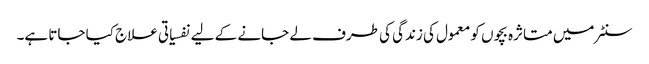
سنٹر میں متاثرہ بچوں کو معمول کی زندگی کی طرف لے جانے کے لیے نفسیاتی علاج کیا جاتا ہے۔